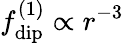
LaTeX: f_{\mathrm{dip}}^{(1)}\propto r^{-3}